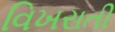
વિખરાતી